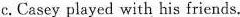
c. Casey played with his friends,